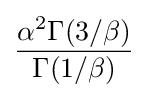
{\frac {\alpha ^{2}\Gamma (3/\beta )}{\Gamma (1/\beta )}}